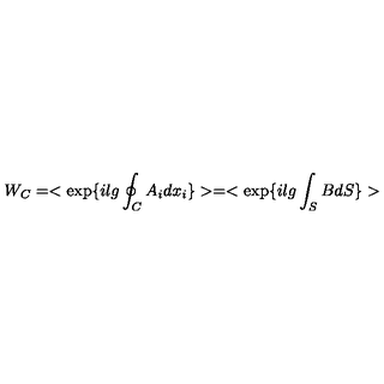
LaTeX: W _ { C } = < \exp \{ i l g \oint _ { C } A _ { i } d x _ { i } \} > = < \exp \{ i l g \int _ { S } B d S \} >